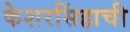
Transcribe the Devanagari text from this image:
केशरसिंहाची